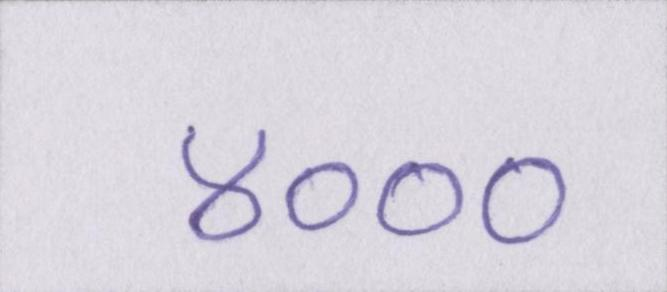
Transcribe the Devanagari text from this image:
४०००